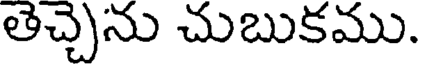
తెచ్చెను చుబుకము.